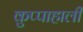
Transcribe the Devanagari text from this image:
कुप्पाहाली